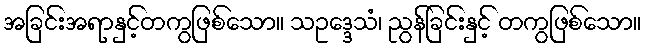
အခြင်းအရာနှင့်တကွဖြစ်သော။ သဥဒ္ဒေသံ၊ ညွန်ခြင်းနှင့် တကွဖြစ်သော။